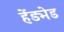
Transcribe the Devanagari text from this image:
हेंड्मेड